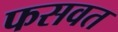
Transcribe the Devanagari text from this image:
फसवत